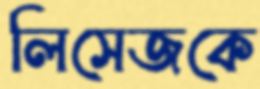
লিসেজকে